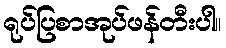
ရုပ်ပြစာအုပ်ဖန်တီးပါ။